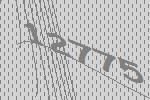
12775